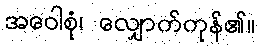
အဝေါစုံ၊ လျှောက်ကုန်၏။